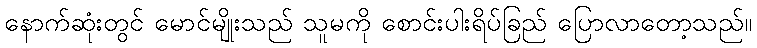
နောက်ဆုံးတွင် မောင်မျိုးသည် သူမကို စောင်းပါးရိပ်ခြည် ပြောလာတော့သည်။